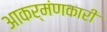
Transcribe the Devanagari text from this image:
आकर्मंणकारी